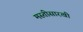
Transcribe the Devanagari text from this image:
मस्तीसारखी